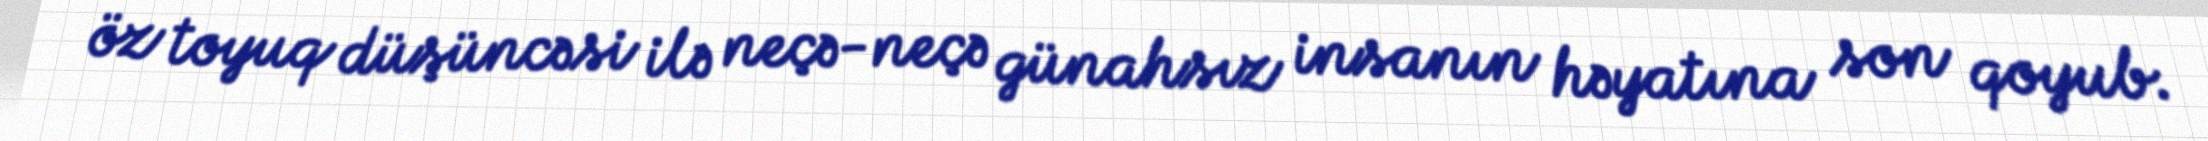
öz toyuq düşüncəsi ilə neçə-neçə günahsız insanın həyatına son qoyub.